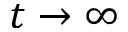
t \rightarrow \infty